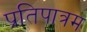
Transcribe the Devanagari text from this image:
प्रतिपात्रम